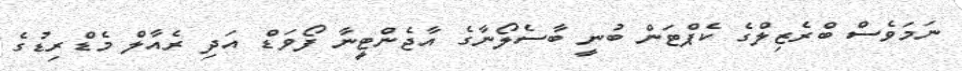
ނަމަވެސް ބްރެޒިލްގެ ކެޕްޓަން ބުނީ ބާސެލޯނާގެ އާޖެންޓީނާ ފޯވަޑް އަދި ރެއާލް މެޑްރިޑުގެ